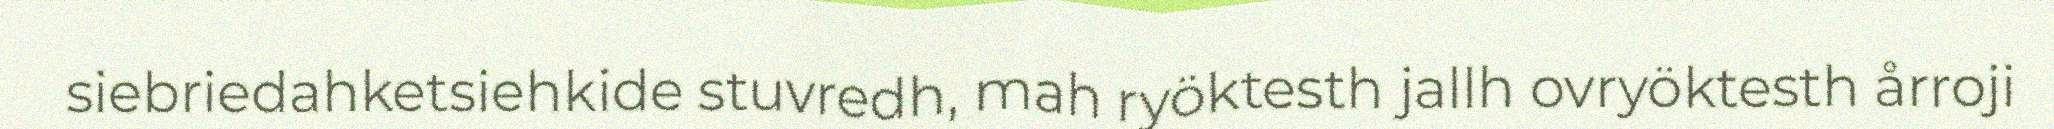
siebriedahketsiehkide stuvredh, mah ryöktesth jallh ovryöktesth årroji